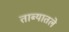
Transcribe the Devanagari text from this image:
ताब्यातले